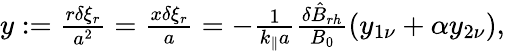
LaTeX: \begin{array}{r}{y:=\frac{r\delta\xi_{r}}{a^{2}}=\frac{x\delta\xi_{r}}{a}=-\frac{1}{k_{\parallel}a}\frac{\delta\hat{B}_{rh}}{B_{0}}\left(y_{1\nu}+\alpha y_{2\nu}\right),}\end{array}